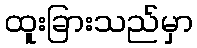
ထူးခြားသည်မှာ